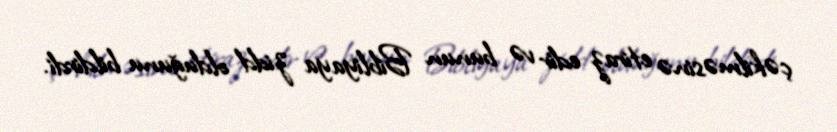
çəkilməsinə etiraz edir və bunun Bibliyaya zidd olduğunu bildirdi.